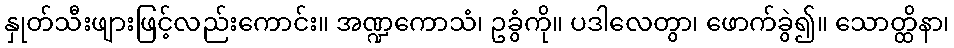
နှုတ်သီးဖျားဖြင့်လည်းကောင်း။ အဏ္ဍကောသံ၊ ဥခွံကို။ ပဒါလေတွာ၊ ဖောက်ခွဲ၍။ သောတ္ထိနာ၊